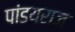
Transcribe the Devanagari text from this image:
पांडयराज